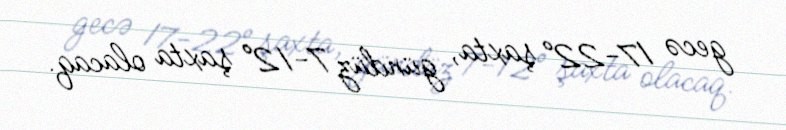
gecə 17-22° şaxta, gündüz 7-12° şaxta olacaq.